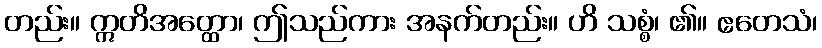
တည်း။ ဣတိအတ္ထော၊ ဤသည်ကား အနက်တည်း။ ဟိ သစ္စံ၊ ၏။ ဧတေသံ၊